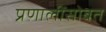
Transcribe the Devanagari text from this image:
प्रणालींसोबत